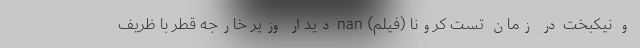
و نیکبخت در زمان تست کرونا (فیلم) nan دیدار وزیر خارجه قطر با ظریف